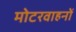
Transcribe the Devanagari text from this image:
मोटरवाहनों